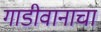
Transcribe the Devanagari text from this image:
गाडीवानाचा